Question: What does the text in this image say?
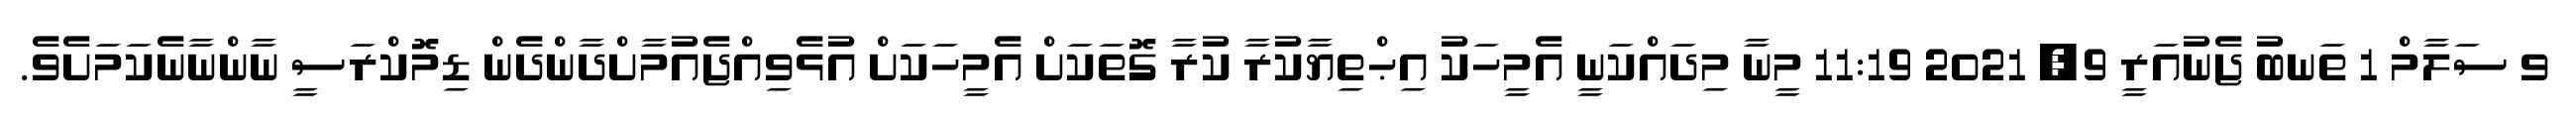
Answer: ވ ސަލާމް 1 ތަނބު ޖެނުއަރީ 9, 2021 11:19 މީނާ މިދައްކަނީ އެމީހަކު އިޙްތިޔާކުރާ ކުރާ ގޮތަކަށް އެމީހަކަށް އުޅެވިއްޖެއުމާށްދާންދެން ޑިމޮކްރަސީ ނާންނާނެކަމަށެވެ.